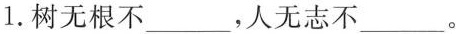
1.树无根不___，人无志不___。